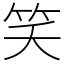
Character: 笑